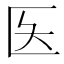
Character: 𫧌